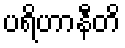
ပရိဟာနီတိ